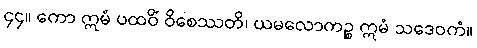
၄၄။ ကော ဣမံ ပထဝိံ ဝိစေဿတိ၊ ယမလောကဉ္စ ဣမံ သဒေဝကံ။